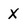
Character: x